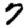
Digit: 7